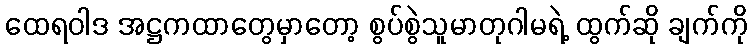
ထေရဝါဒ အဋ္ဌကထာတွေမှာတော့ စွပ်စွဲသူမာတုဂါမရဲ့ ထွက်ဆို ချက်ကို